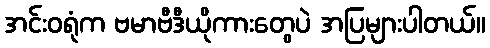
အင်းဝရုံက ဗမာဗီဒီယိုကားတွေပဲ အပြများပါတယ်။